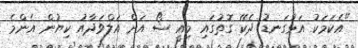
"އެކަމަކު އަޅުގަނޑު ދެކޭ ގޮތުގައި މިއީ ޝޯ އަށް އަލްވަދާއު ކިޔުން އެންމެ